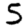
Digit: 5